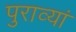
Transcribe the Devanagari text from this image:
पुराव्यां